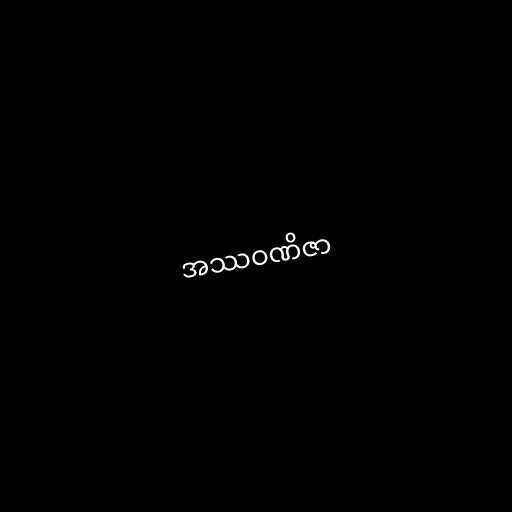
အဿဝဏိဇာ